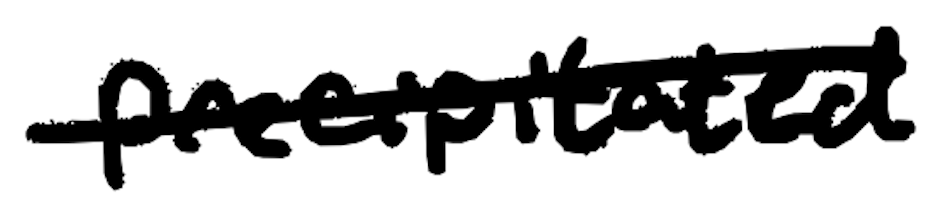
Text: precipitated
Cross-out: mix
Writing tool: digital_black